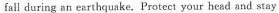
fall during an earthquake. Protect your head and stay